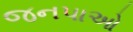
જનપાઓ